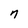
Character: n